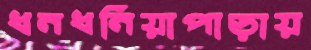
ধনধনিয়াপাড়ায়